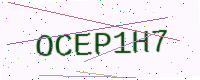
Text: OCEP1H7